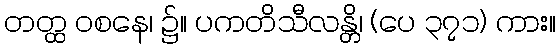
တတ္ထ ဝစနေ၊ ၌။ ပကတိသီလန္တိ၊ (ပေ ၃၇၁) ကား။